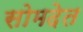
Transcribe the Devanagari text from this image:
सोमदेत